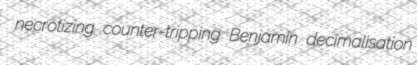
necrotizing counter-tripping Benjamin decimalisation